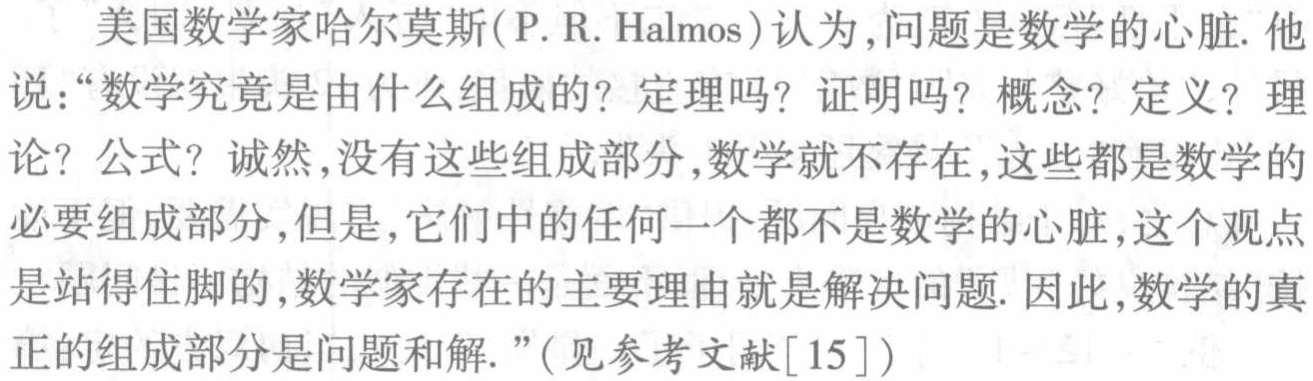
美国数学家哈尔莫斯(P. R. Halmos)认为,问题是数学的心脏. 他说：“数学究竟是由什么组成的？定理吗？证明吗？概念？定义？理论？公式？诚然,没有这些组成部分,数学就不存在,这些都是数学的必要组成部分,但是,它们中的任何一个都不是数学的心脏,这个观点是站得住脚的,数学家存在的主要理由就是解决问题. 因此,数学的真正的组成部分是问题和解.”(见参考文献[15])